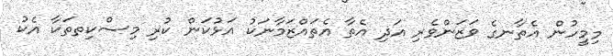
މިމީހުން އެތާނގެ ވަޒަންވެރި އަދި އެތާ އެތައްޒަމާނަކު އަޅުކަން ކުރި މިސްކިތތަކާ އެކު